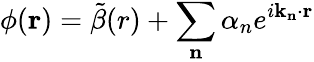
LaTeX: \phi(\mathbf{r})=\tilde{\beta}(r)+\sum_{\mathbf{n}}\alpha_{n}e^{i\mathbf{k}_{\mathbf{n}}\cdot\mathbf{r}}